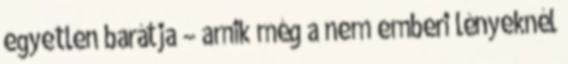
egyetlen barátja – amik még a nem emberi lényeknél